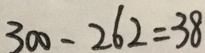
3 0 0 - 2 6 2 = 3 8